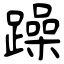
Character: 躁